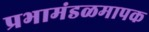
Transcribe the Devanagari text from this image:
प्रभामंडळमापक